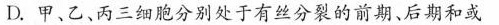
D.甲、乙、丙三细胞分别处于有丝分裂的前期、后期和或